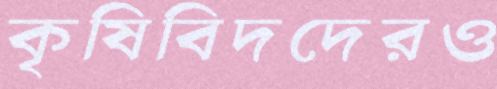
কৃষিবিদদেরও